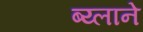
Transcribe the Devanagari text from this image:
ब्य्लाने